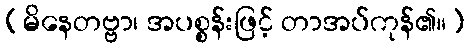
(မိနေတဗ္ဗာ၊ အပစ္စန်းဖြင့် တာအပ်ကုန်၏။)